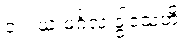
၁။  ယံ မင်္ဂလံ ဒွါဒသဟိ၊